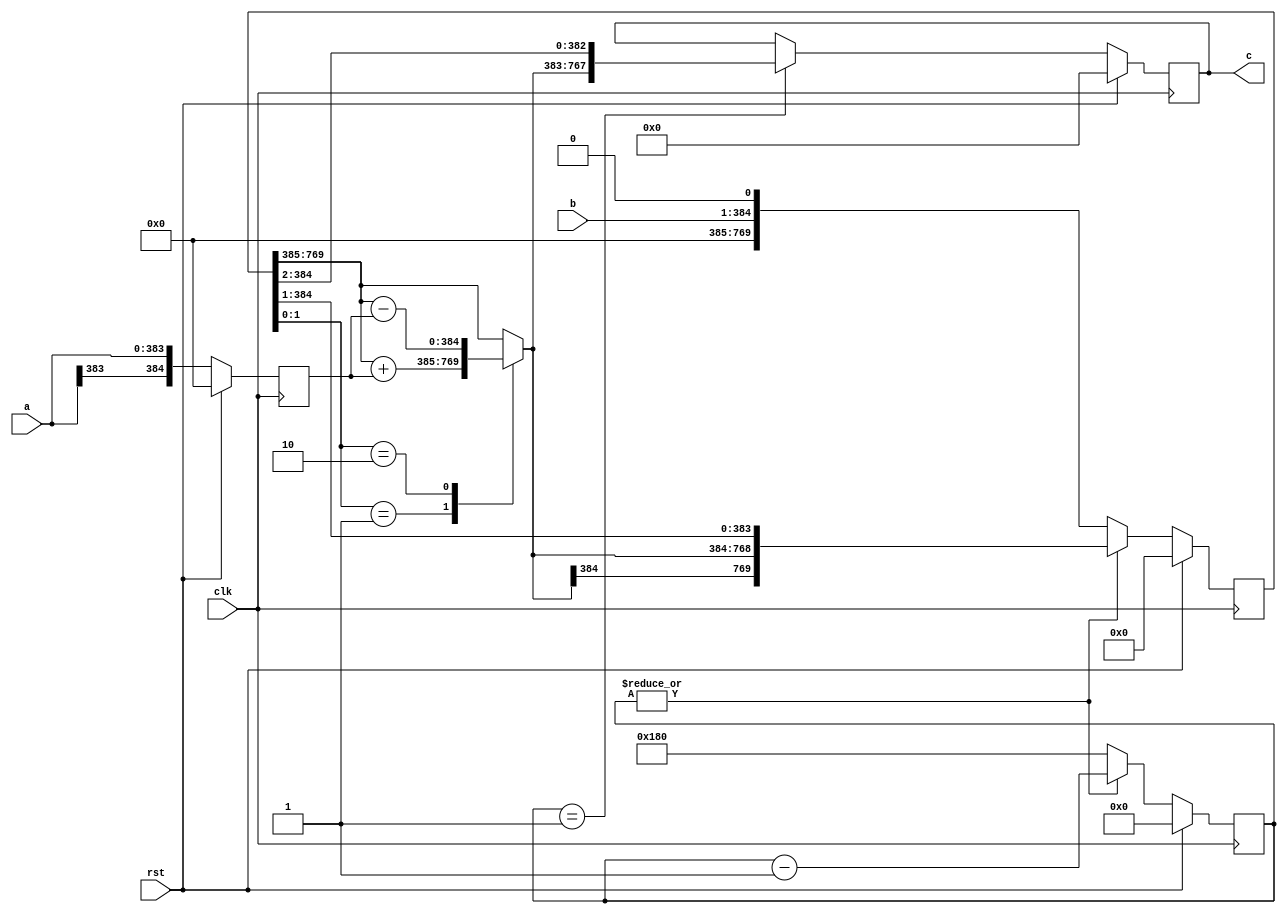
// TalTech large integer multiplier library
// Multiplier type: booth
// Parameters: 384 384 1
// Target tool: genus
module booth(clk, rst, a, b, c);
input clk;
input rst;
input [383:0] a;
input [383:0] b;
output reg [767:0] c;

// no pipeline vars

// Registers declaration 
reg  [384:0] mul_w_signguard;
reg  [8:0] count;
reg  [384:0] add_w_signguard;
reg  [769:0] mul_ab1;

// Step-1 of Booth Multiplier
always @(posedge clk) begin
	if (rst)
		count <= 9'd0;
	else if (|count)
		count <= (count - 1);
	else
		count <= 9'd384;
end

// Step-2 of Booth Multiplier
always @(posedge clk) begin
	if (rst)
		mul_w_signguard <= 384'd0;
	else
		mul_w_signguard <= {a[384 - 1], a};
end

// Step-3 of Booth Multiplier
always @(*) begin
	case (mul_ab1[1:0])
		2'b01     : add_w_signguard <= mul_ab1[769:385] + mul_w_signguard;
		2'b10     : add_w_signguard <= mul_ab1[769:385] - mul_w_signguard;
		default   : add_w_signguard <= mul_ab1[769:385];
	endcase
end

// Step-4 of Booth Multiplier
always @(posedge clk) begin
	if (rst)
		mul_ab1 <= 769'd0;
	else if (|count)
		mul_ab1 <= {add_w_signguard[384], add_w_signguard, mul_ab1[384:1]};
	else
		mul_ab1 <= {b, 1'b0};
end

// Step-5 of Booth Multiplier
always @(posedge clk) begin
	if (rst)
		c <= 767'd0;
	else if (count == 1)
		c <= {add_w_signguard[384], add_w_signguard, mul_ab1[384:2]};
end
endmodule